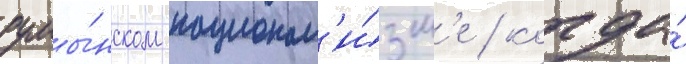
румы́нском национал'и́зм'е / когда́